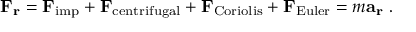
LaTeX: \mathbf { F _ { r } } = \mathbf { F } _ { \mathrm { i m p } } + \mathbf { F } _ { \mathrm { c e n t r i f u g a l } } + \mathbf { F } _ { \mathrm { C o r i o l i s } } + \mathbf { F } _ { \mathrm { E u l e r } } = m \mathbf { a _ { r } } \ .